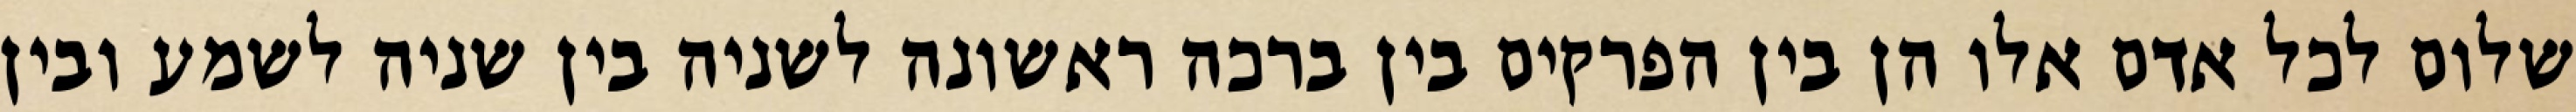
שלום לכל אדם אלו הן בין הפרקים בין ברכה ראשונה לשניה בין שניה לשמע ובין